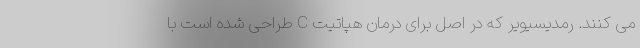
می کنند. رمدیسیویر که در اصل برای درمان هپاتیت C طراحی شده است با